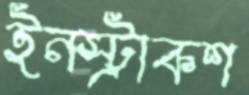
ইনস্ট্রাকশ